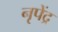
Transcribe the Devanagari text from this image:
नृपेंद्र